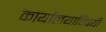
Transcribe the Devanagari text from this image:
कार्यालयाविषयी